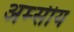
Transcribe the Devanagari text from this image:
अम्सीय